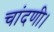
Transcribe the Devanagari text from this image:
चांदणी।